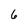
Character: 6